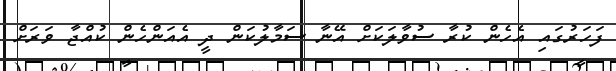
ފަހަރުގައި އެހެން ކުރާ ސުވާލަކަށް އޭނާ ސަމާލުކަން ދީ އެއަންހެން ކުއްޖާ ވަރަށް